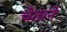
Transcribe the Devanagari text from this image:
चेताने